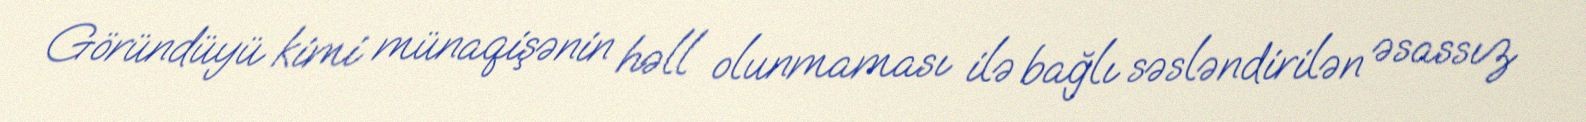
Göründüyü kimi münaqişənin həll olunmaması ilə bağlı səsləndirilən əsassız